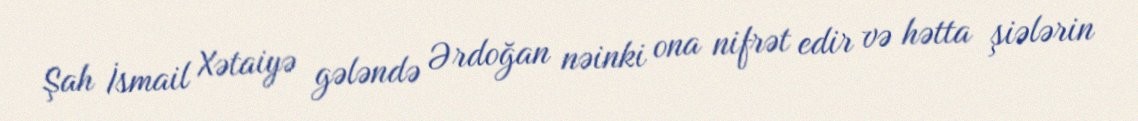
Şah İsmail Xətaiyə gələndə Ərdoğan nəinki ona nifrət edir və hətta şiələrin